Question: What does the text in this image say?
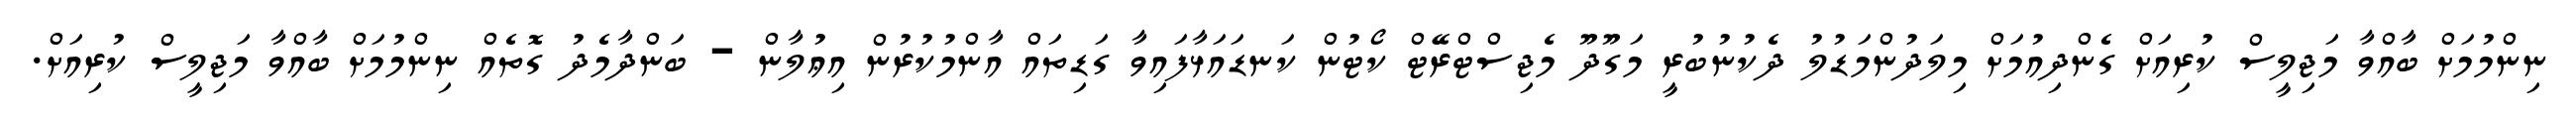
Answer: ނިންމުމަށް ބާއްވާ މަޖިލީސް ކުރިއަށް ގެންދިއުމަށް މިލަދުންމަޑުލު ދެކުނުބުރީ މަގޫދޫ މެޖިސްޓްރޭޓް ކޯޓުން ކަނޑައަޅާފައިވާ ގަޑިތައް އާންމުކުރުން އިޢުލާން - ބަންދާމެދު ގޮތެއް ނިންމުމަށް ބާއްވާ މަޖިލީސް ކުރިއަށް.